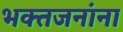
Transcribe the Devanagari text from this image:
भक्तजनांना